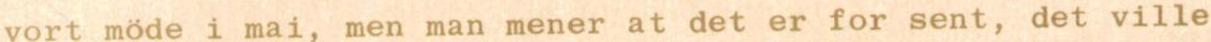
vort möde i mai, men man mener at det er for sent, det ville